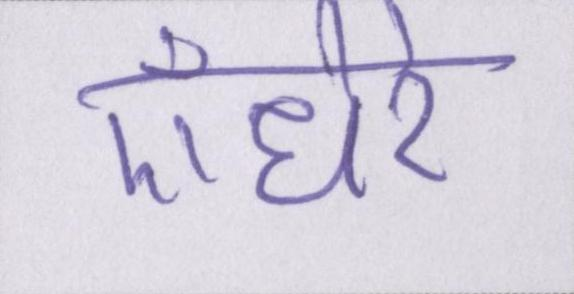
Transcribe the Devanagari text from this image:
ऍंधेरे